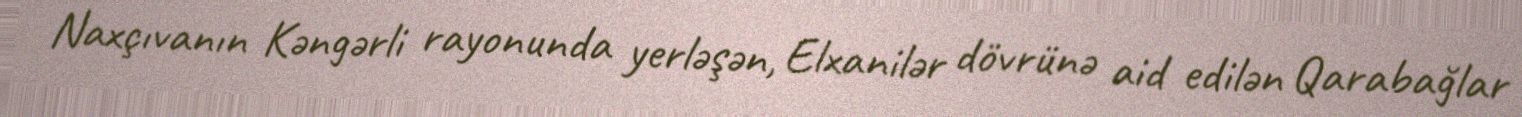
Naxçıvanın Kəngərli rayonunda yerləşən, Elxanilər dövrünə aid edilən Qarabağlar